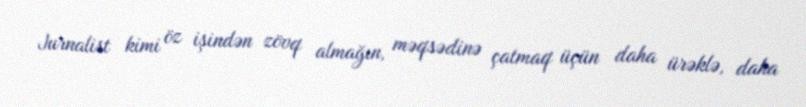
Jurnalist kimi öz işindən zövq almağın, məqsədinə çatmaq üçün daha ürəklə, daha